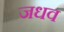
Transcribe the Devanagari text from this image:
जधव